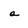
Character: a